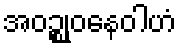
အဝဉ္စုဝနေဝါဟံ